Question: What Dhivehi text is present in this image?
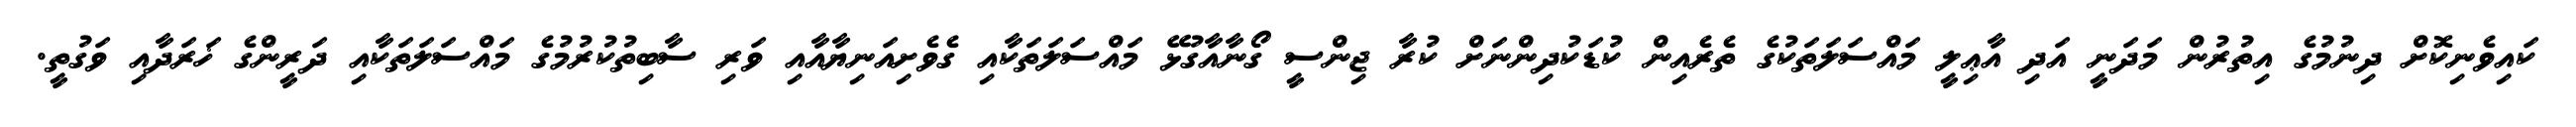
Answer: ކައިވެނިކޮށް ދިނުމުގެ އިތުރުން މަދަނީ އަދި އާޢިލީ މައްސަލަތަކުގެ ތެރެއިން ކުޑަކުދިންނަށް ކުރާ ޖިންސީ ގޯނާއާގުޅޭ މައްސަލަތަކާއި ގެވެށިއަނިޔާއާއި ވަރި ސާބިތުކުރުމުގެ މައްސަލަތަކާއި ދަރީންގެ ޚަރަދާއި ވަގުތީ.